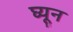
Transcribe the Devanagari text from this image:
घ्यून